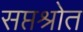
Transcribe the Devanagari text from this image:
सप्तश्रोत